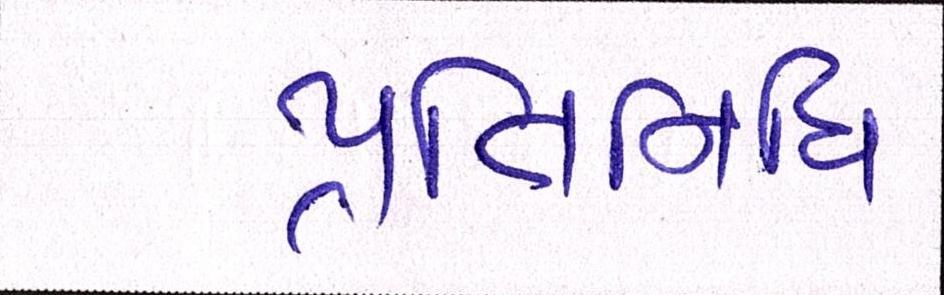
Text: પ્રતિનિધિ